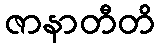
ဇာနာတီတိ